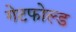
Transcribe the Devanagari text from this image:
गेटफोल्ड